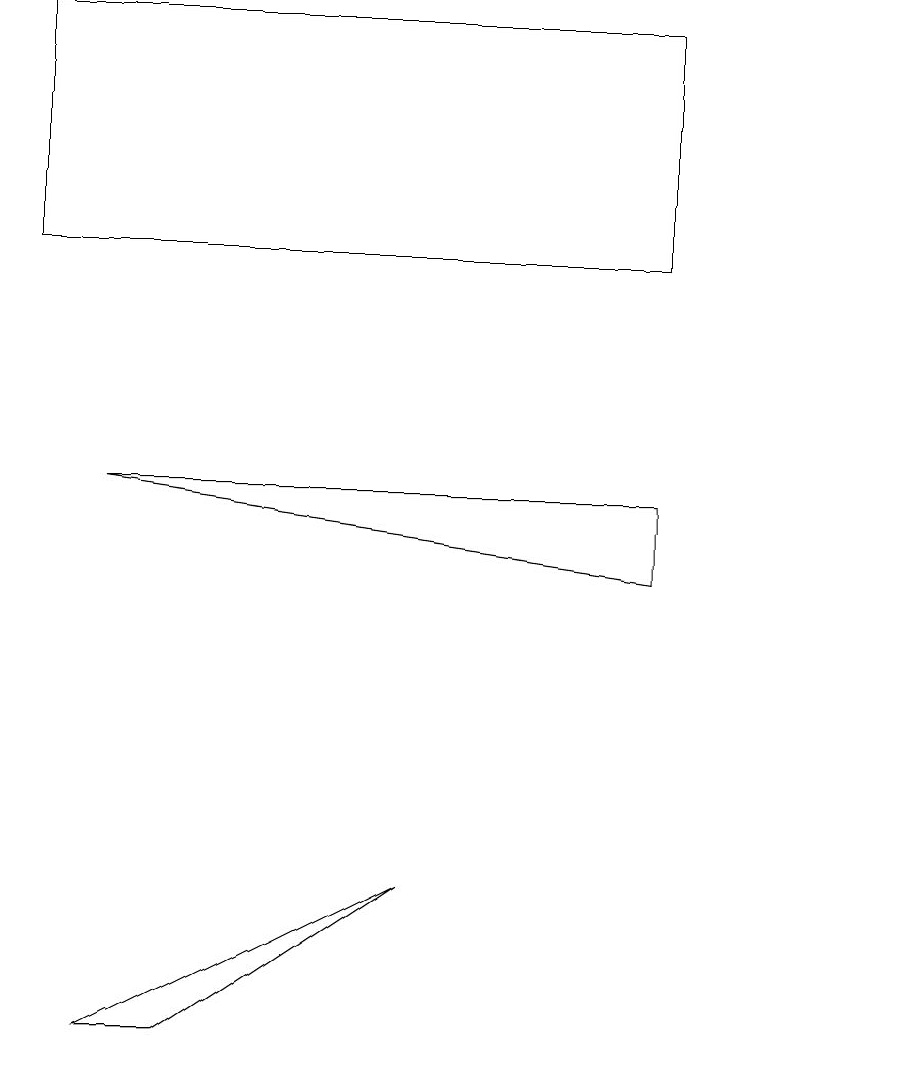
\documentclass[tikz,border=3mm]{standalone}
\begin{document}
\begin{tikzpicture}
\draw (8,7) -- (8,6) -- (1,7) -- cycle;
\draw (8,13) rectangle (0,10);
\draw (11,12) circle (0);
\draw (2,0) -- (1,0) -- (5,2) -- cycle;
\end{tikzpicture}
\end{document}